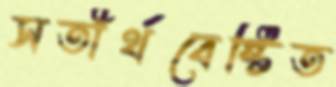
সতীর্থবেষ্টিত